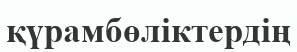
қүрамбөліктердің